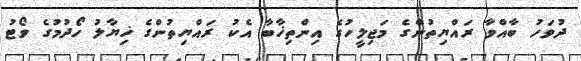
ދުވަހު ބާއްވާ ރައްޔިތުންގެ މަޖިލީހުގެ އިންތިޚާބާ އެކު ރައްޔިތުންގެ ޚިޔާލު ހޯދުމުގެ ވޯޓު